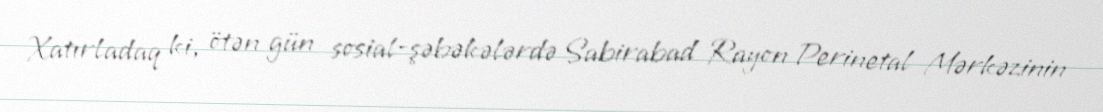
Xatırladaq ki, ötən gün sosial-şəbəkələrdə Sabirabad Rayon Perinetal Mərkəzinin